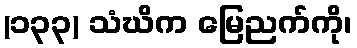
(၁၃၃) သံဃိက မြေညက်ကို၊